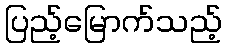
ပြည့်မြောက်သည့်